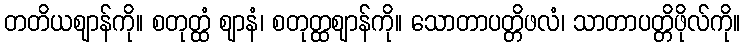
တတိယဈာန်ကို။ စတုတ္ထံ ဈာနံ၊ စတုတ္ထဈာန်ကို။ သောတာပတ္တိဖလံ၊ သာတာပတ္တိဖိုလ်ကို။